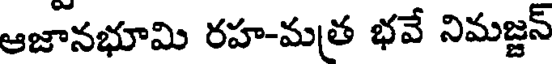
ఆజానభూమి రహ-మత్ర భవే నిమజ్జన్